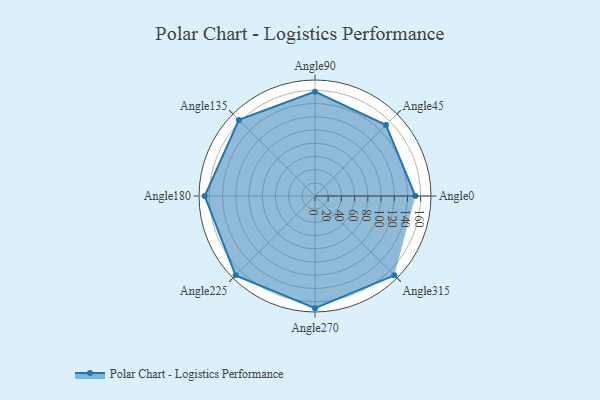
{"axis": {"x": "Angle", "y": "Radius"}, "legend": [""], "data": [{"x": "Angle0", "y": 152.0, "type": ""}, {"x": "Angle45", "y": 152.0, "type": ""}, {"x": "Angle90", "y": 158.0, "type": ""}, {"x": "Angle135", "y": 163.0, "type": ""}, {"x": "Angle180", "y": 167.0, "type": ""}, {"x": "Angle225", "y": 170, "type": ""}, {"x": "Angle270", "y": 170, "type": ""}, {"x": "Angle315", "y": 170, "type": ""}]}